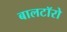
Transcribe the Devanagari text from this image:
बालटॉरो